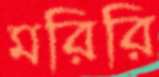
মরিরি